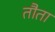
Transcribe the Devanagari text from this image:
तौता